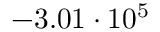
- 3 . 0 1 \cdot 1 0 ^ { 5 }